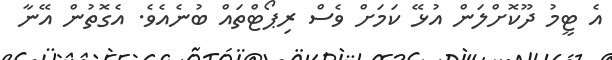
އެ ޓީމު ދޫކޮށްލަން އުޅޭ ކަމަށް ވެސް ރިޕޯޓްތައް ބުނެއެވެ. އެގޮތުން އޭނާ